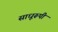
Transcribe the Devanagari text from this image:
साधूरूपी